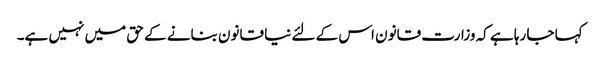
کہا جا رہا ہے کہ وزارت قانون اس کے لئے نیا قانون بنانے کے حق میں نہیں ہے۔